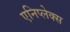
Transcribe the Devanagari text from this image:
एनिप्लेक्स